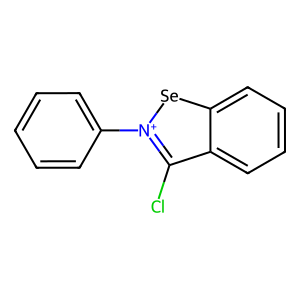
SMILES: Clc1c2ccccc2[se][n+]1-c1ccccc1
Inhibits HIV replication: No